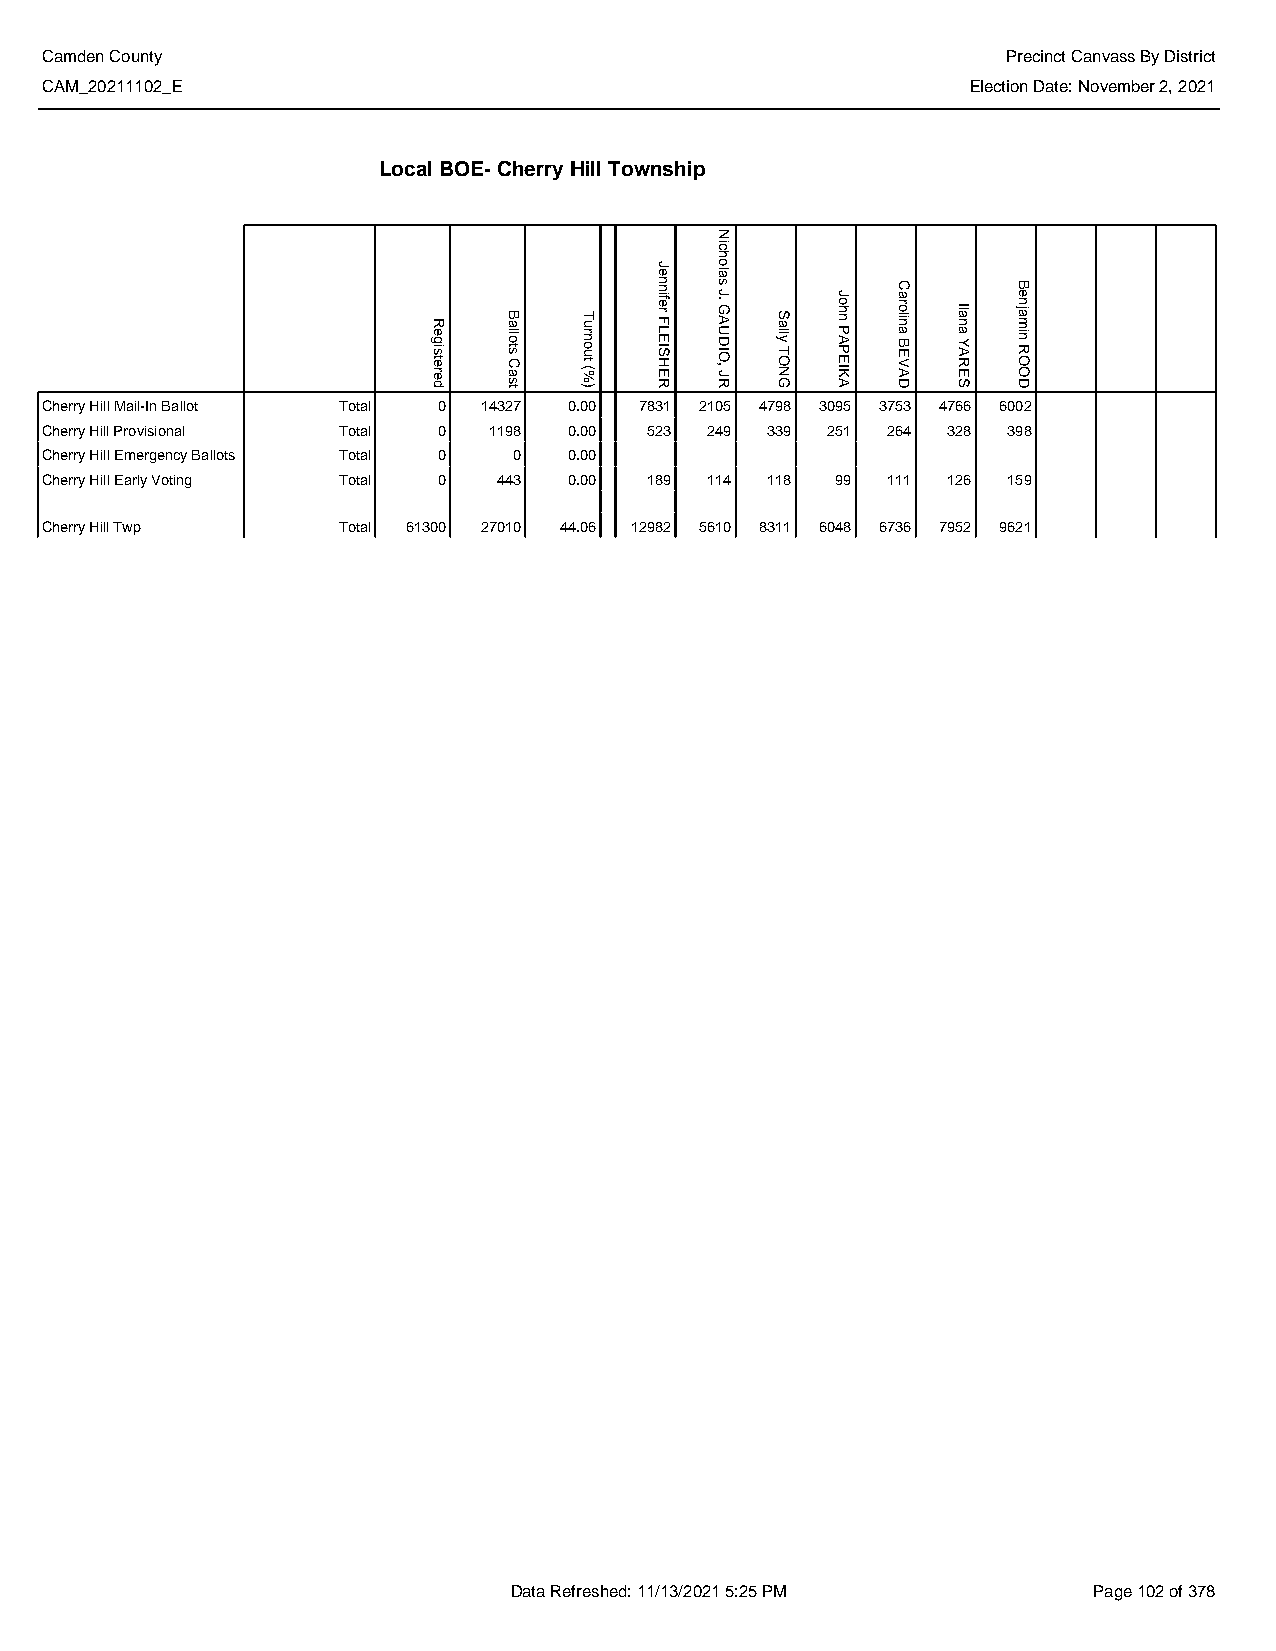
Camden County                                                   Precinct Canvass By District
 CAM_20211102_E                                               Election Date: November 2, 2021
 Local BOE- Cherry Hill Township
 Cherry Hill Mail-In Ballot Total 0 14327 0.00 7831 2105 4798 3095 3753 4766 6002
 Cherry Hill Provisional Total 0 1198 0.00 523 249 339 251 264 328 398
 Cherry Hill Emergency Ballots Total 0 0 0.00
 Cherry Hill Early Voting Total 0 443 0.00 189 114 118 99 111 126 159
 Cherry Hill Twp    Total 61300 27010 44.06 12982 5610 8311 6048 6736 7952 9621
 Data Refreshed: 11/13/2021 5:25 PM    Page 102 of 378
 Registered Ballots
 Cast
 Turnout
 (%)
 Jennifer
 FLEISHER
 Nicholas
 J.
 GAUDIO,
 JR
 Sally
 TONG
 John
 PAPEIKA
 Carolina
 BEVAD
 Ilana
 YARES
 Benjamin
 ROOD